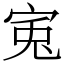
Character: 𡨘